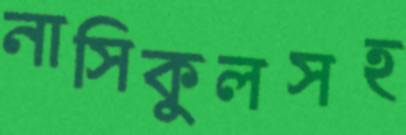
নাসিকুলসহ